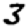
Digit: 3